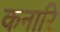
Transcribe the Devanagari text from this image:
कनारि